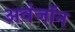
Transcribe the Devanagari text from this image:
अवंजॉन